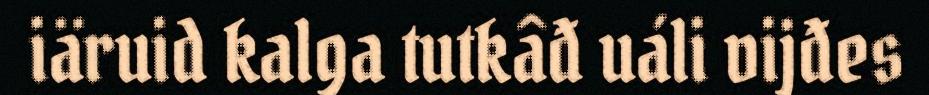
iäruid kalga tutkâđ uáli vijđes